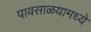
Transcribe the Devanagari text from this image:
पावसाळयामध्ये